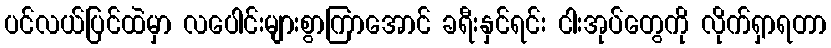
ပင်လယ်ပြင်ထဲမှာ လပေါင်းများစွာကြာအောင် ခရီးနှင်ရင်း ငါးအုပ်တွေကို လိုက်ရှာရတာ